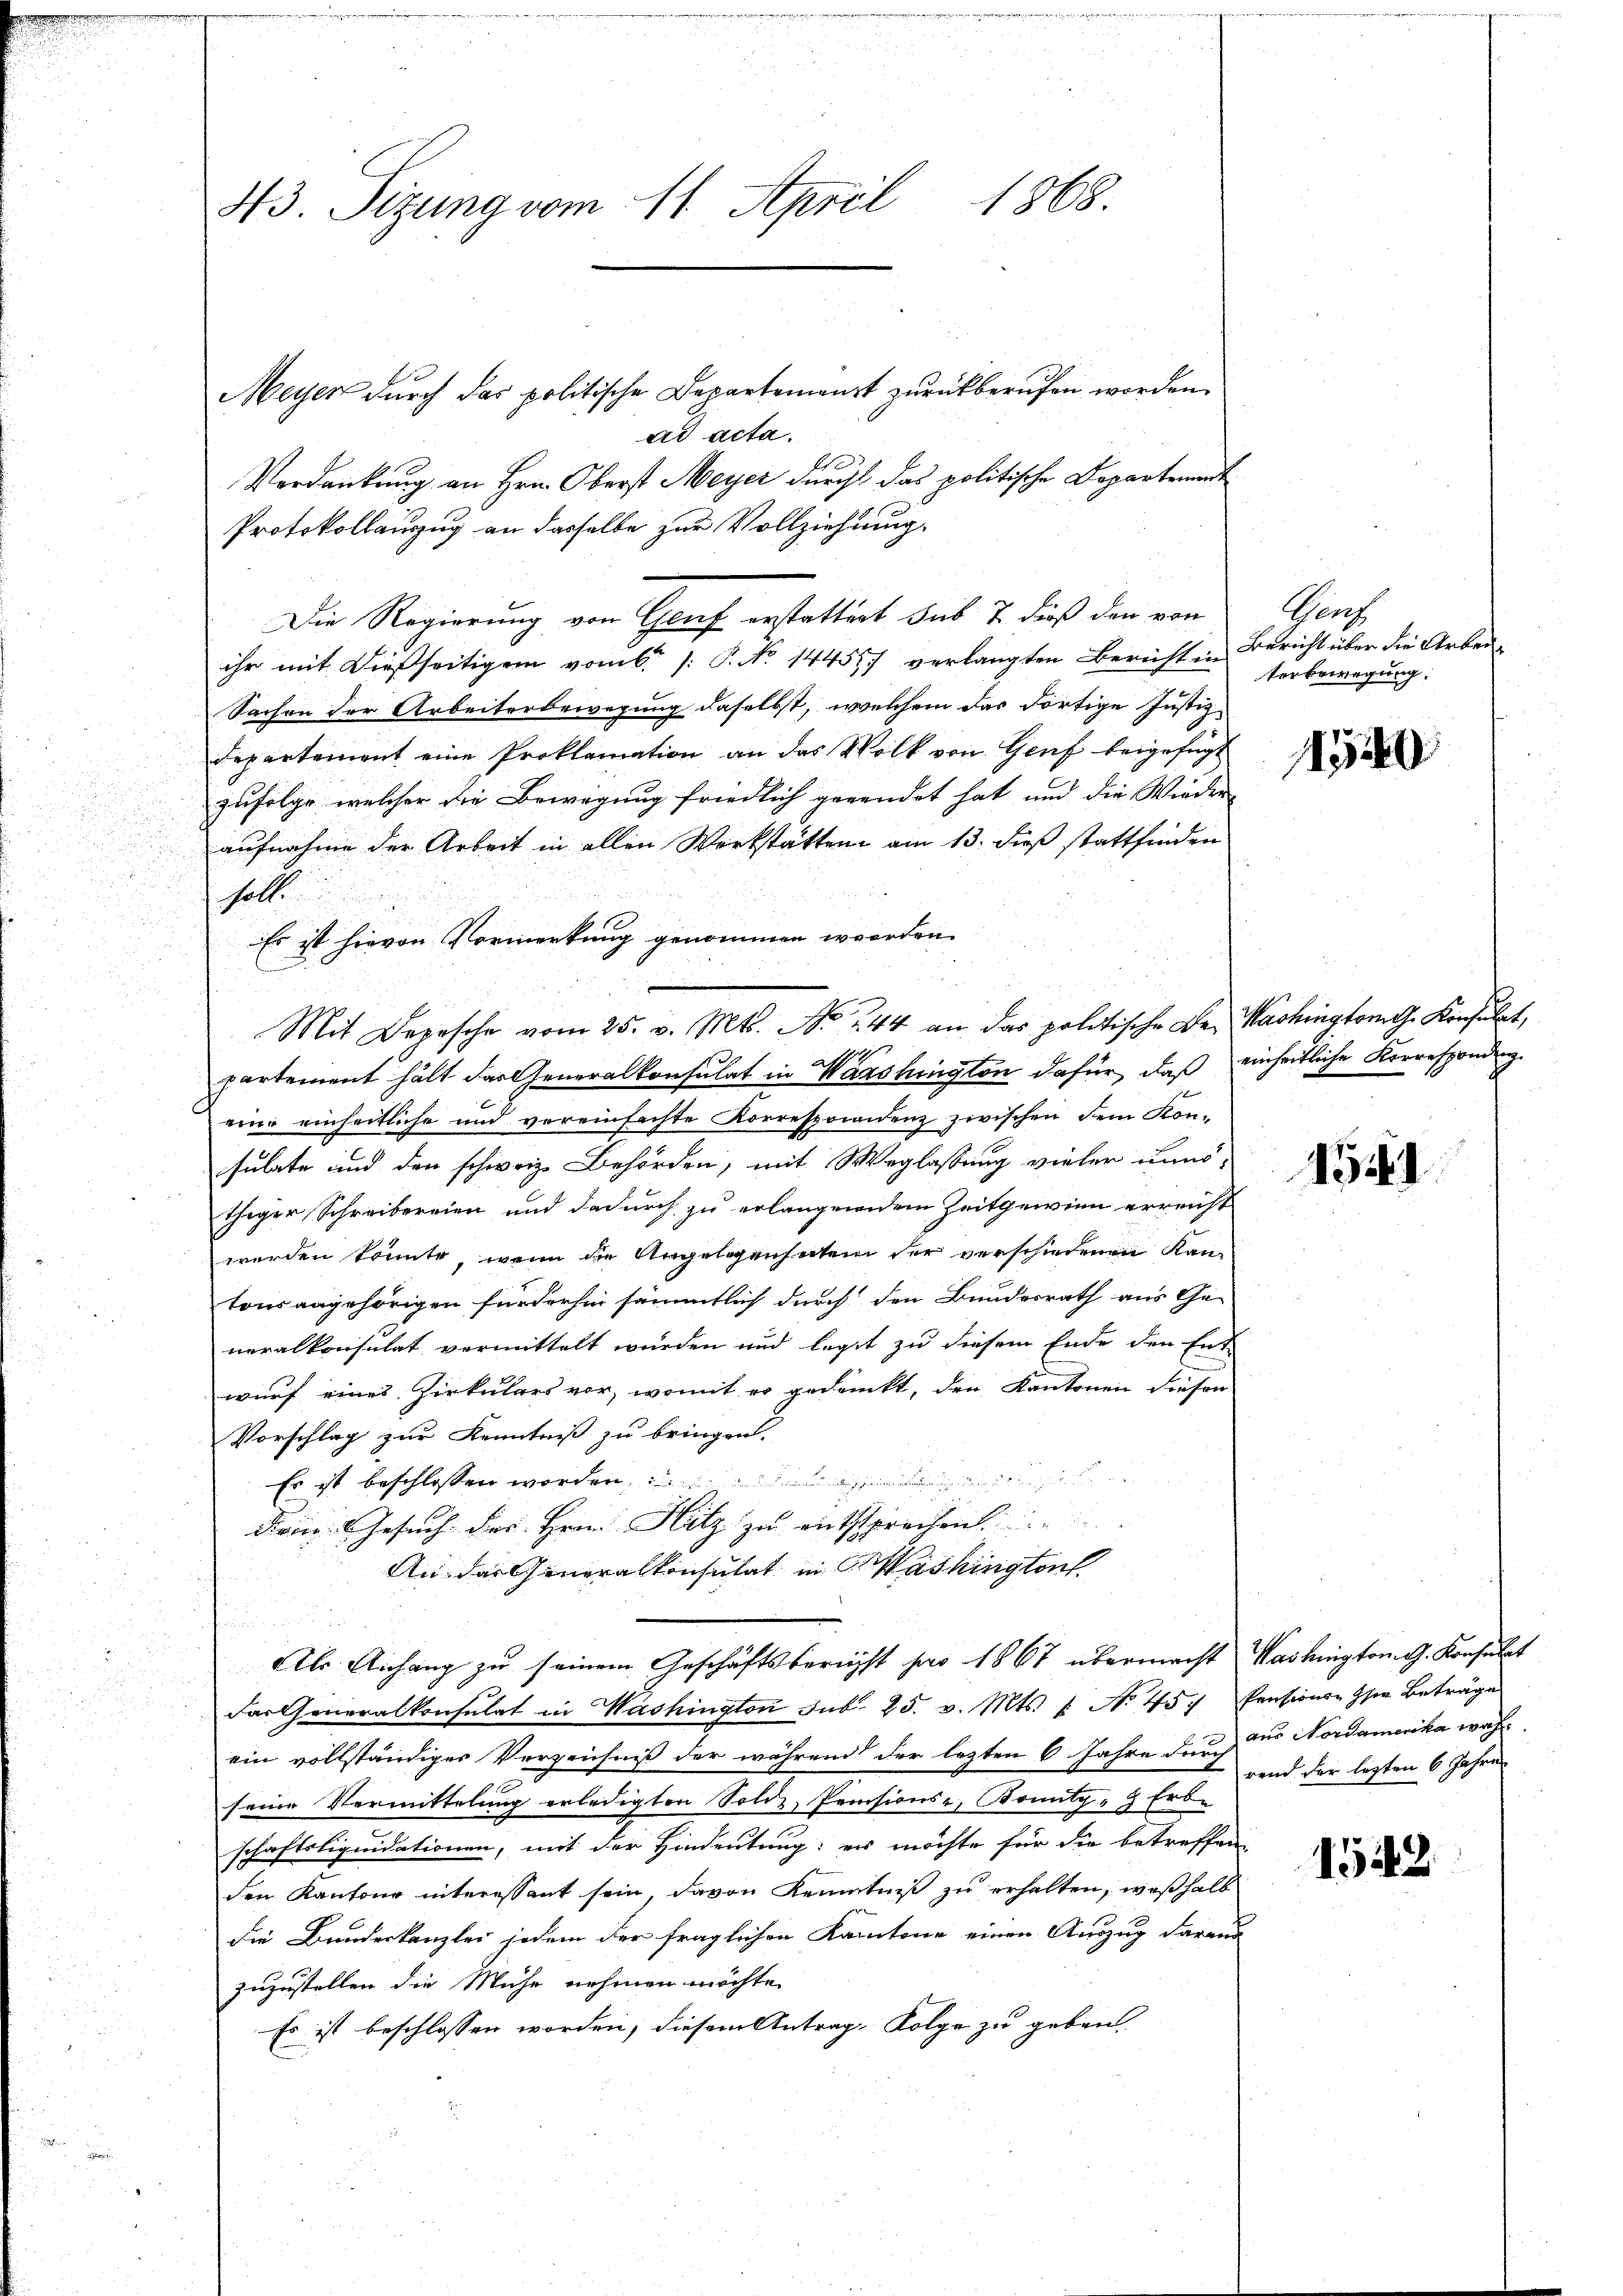
.

Meyer durch das politische Departemenst zurückberufen worden.
ad acta.
Verdankung an Hrn. Oberst Meyer durch das politische Departement
Protokollanzug an dasselbe zur Vollziehung.
Die Regierung von Genf erstattent sub 7. dieß den von
ihr mit dießseitigen vom 6. /: P. No 14455) verlangten Bereicht in Bericht über die Arbei
Sachen der Arbeiterbewegung daselbst, welchem das dortige Justiz-
Departement eine Proklamation an das Volk von Genf beigefügt
d
zufolge welcher die Bewegung friedlich gewendet hat und die Wieder
aufnahme der Arbeit in allen Werkstatten am 13. dieß stattfinden
soll.
Es ist hievon Vormerkung genommen werden.
Mit Depesche vom 25. v. Mts. No. 244 an das politische Dr. Machington dh. Konsulat,
11
partement hält das Generalkonsulat in Washington dafür, daß einheitliche Korresponding.
eine einheitliche und vereinfachte Korrespondenz zwischen dem Kon-
sulate und den schweiz. Behörden, mit Weglassung vieler unnöthiger Schreibereien und dadurch zu erlangendem Zeitgewinn erreicht
werden könnte, wenn die Angelegenheiten der verschiedenen Kantonsangehörigen fürderhin sämmtlich durch den Bundesrath aus Ge-
neralkonsulat vermittelt wurden und legt zu diesem Ende den Ent-
wurf eines Zirkulars vor, womit es gedankt, den Kantonen diesen
Vorschlag zur Kenntniss zu bringen.
Es ist beschlossen worden,   |
Dri. Gesuch des Hrn. Flitz zu entsprechen.
An das Generalkonsulat in Washington
Als Anhang zu seinem Geschäftsbericht pro 1867 übermacht Washington G. Konsulat
dartheneralkonsulat in Washington sub. 25. v. Mts. 1. No 45. Pensionen sie Beträge
ein vollständiger Verzeichniß der während der lezten 6 Jahre durch der Nordamerika wahr
seine Vormittelung erledigten Soldz, Prensions-, Konitz - Erbe
schaftsliquidationen, mit der Hindeutung; es möchte für die betreffen
den Kantone interessant sein, davon Kenntniß zu erhalten, weßhalb
die Bunderkanzlei jedem der fraglichen Kantone einen Auszug darand
zuzustellen die Mühe nehmen möchte.
Es ist beschlossen worden, diesem Antrag, Folge zu geben.

1868.
43. Sizung vom 11. April

Ger
terbewegung:

1540

1551

rend der letzten 6 Jahre

1542